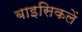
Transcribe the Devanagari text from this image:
बाइसिकलें